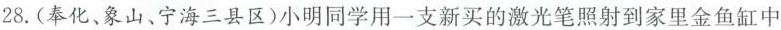
28.(奉化、象山、宁海三县区)小明同学用一支新买的激光笔照射到家里金鱼缸中